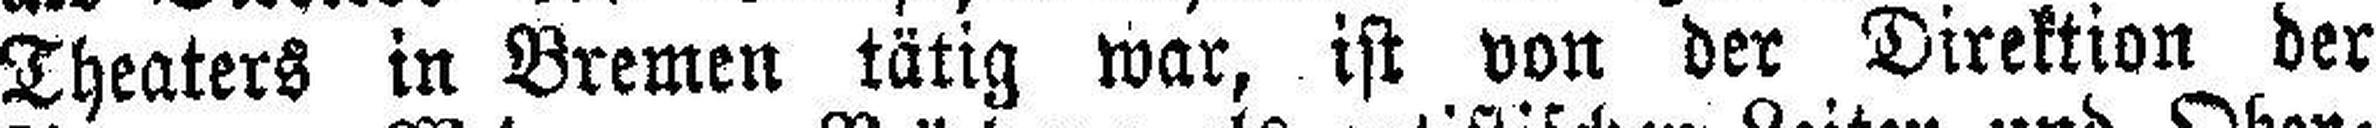
Theaters in Bremen tätig war, ist von der Direktion der